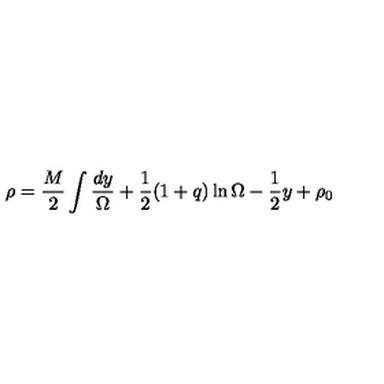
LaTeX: \rho = \frac { M } { 2 } \int \frac { d y } { \Omega } + \frac { 1 } { 2 } ( 1 + q ) \ln \Omega - \frac { 1 } { 2 } y + \rho _ { 0 }